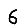
Digit: 6